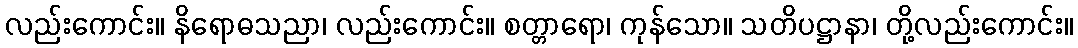
လည်းကောင်း။ နိရောဓသညာ၊ လည်းကောင်း။ စတ္တာရော၊ ကုန်သော။ သတိပဋ္ဌာနာ၊ တို့လည်းကောင်း။